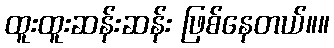
ထူးထူးဆန်းဆန်း ဖြစ်နေတယ်။။